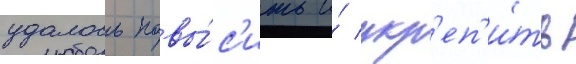
удалось повы́с'ить и́ укр'еп'и́ть